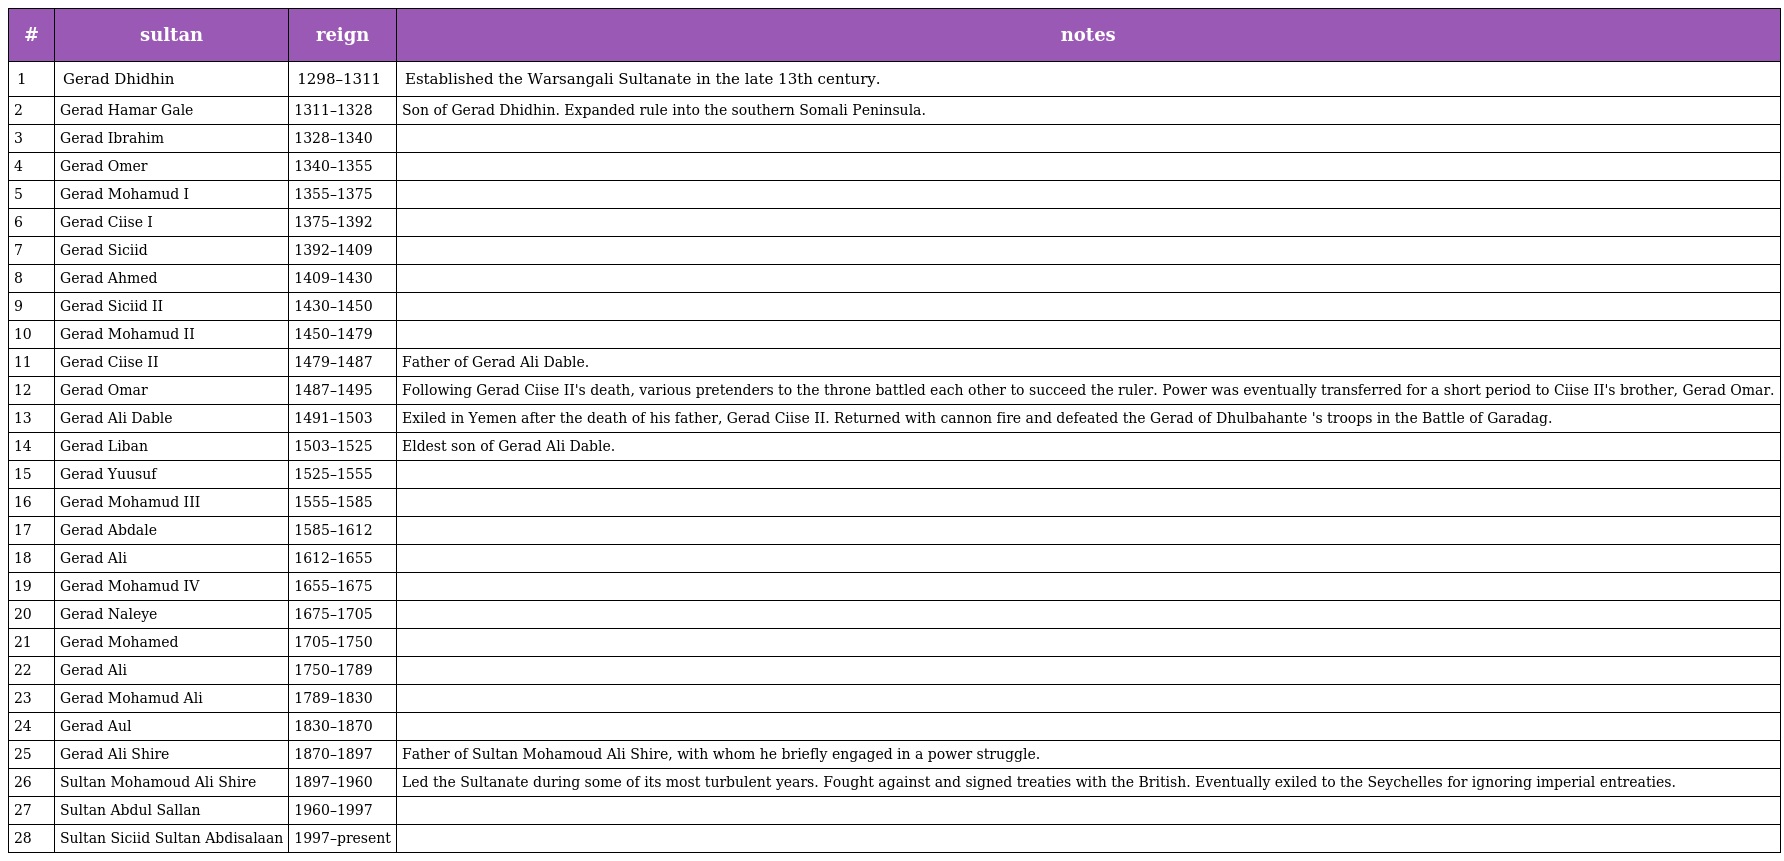
| # | sultan | reign | notes |
 | --- | --- | --- | --- |
 | 1 | Gerad Dhidhin | 1298–1311 | Established the Warsangali Sultanate in the late 13th century. |
 | 2 | Gerad Hamar Gale | 1311–1328 | Son of Gerad Dhidhin. Expanded rule into the southern Somali Peninsula. |
 | 3 | Gerad Ibrahim | 1328–1340 |  |
 | 4 | Gerad Omer | 1340–1355 |  |
 | 5 | Gerad Mohamud I | 1355–1375 |  |
 | 6 | Gerad Ciise I | 1375–1392 |  |
 | 7 | Gerad Siciid | 1392–1409 |  |
 | 8 | Gerad Ahmed | 1409–1430 |  |
 | 9 | Gerad Siciid II | 1430–1450 |  |
 | 10 | Gerad Mohamud II | 1450–1479 |  |
 | 11 | Gerad Ciise II | 1479–1487 | Father of Gerad Ali Dable. |
 | 12 | Gerad Omar | 1487–1495 | Following Gerad Ciise II's death, various pretenders to the throne battled each other to succeed the ruler. Power was eventually transferred for a short period to Ciise II's brother, Gerad Omar. |
 | 13 | Gerad Ali Dable | 1491–1503 | Exiled in Yemen after the death of his father, Gerad Ciise II. Returned with cannon fire and defeated the Gerad of Dhulbahante 's troops in the Battle of Garadag. |
 | 14 | Gerad Liban | 1503–1525 | Eldest son of Gerad Ali Dable. |
 | 15 | Gerad Yuusuf | 1525–1555 |  |
 | 16 | Gerad Mohamud III | 1555–1585 |  |
 | 17 | Gerad Abdale | 1585–1612 |  |
 | 18 | Gerad Ali | 1612–1655 |  |
 | 19 | Gerad Mohamud IV | 1655–1675 |  |
 | 20 | Gerad Naleye | 1675–1705 |  |
 | 21 | Gerad Mohamed | 1705–1750 |  |
 | 22 | Gerad Ali | 1750–1789 |  |
 | 23 | Gerad Mohamud Ali | 1789–1830 |  |
 | 24 | Gerad Aul | 1830–1870 |  |
 | 25 | Gerad Ali Shire | 1870–1897 | Father of Sultan Mohamoud Ali Shire, with whom he briefly engaged in a power struggle. |
 | 26 | Sultan Mohamoud Ali Shire | 1897–1960 | Led the Sultanate during some of its most turbulent years. Fought against and signed treaties with the British. Eventually exiled to the Seychelles for ignoring imperial entreaties. |
 | 27 | Sultan Abdul Sallan | 1960–1997 |  |
 | 28 | Sultan Siciid Sultan Abdisalaan | 1997–present |  |